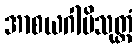
အာစယဂါမိသုတ္တံ